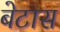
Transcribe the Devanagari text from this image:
बेटास